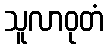
သူလာဝုတံ